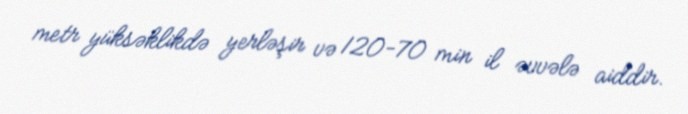
metr yüksəklikdə yerləşir və 120-70 min il əvvələ aiddir.